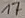
Text: 17